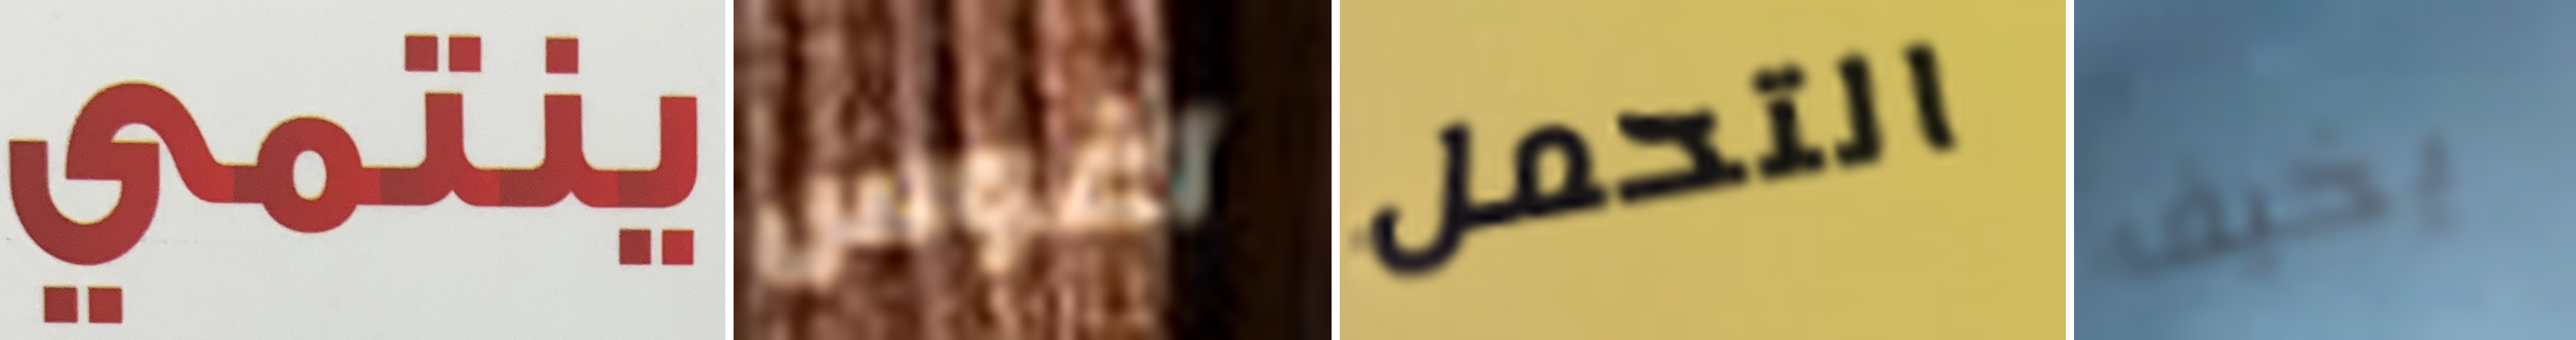
ينتمي آغوس التحمل يخيف